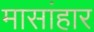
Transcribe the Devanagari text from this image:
मासांहार